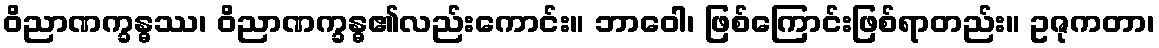
ဝိညာဏက္ခန္ဓဿ၊ ဝိညာဏက္ခန္ဓ၏လည်းကောင်း။ ဘာဝေါ၊ ဖြစ်ကြောင်းဖြစ်ရာတည်း။ ဥဇုကတာ၊